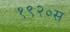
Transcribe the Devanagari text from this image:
१९२०स